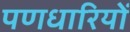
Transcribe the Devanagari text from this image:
पणधारियों